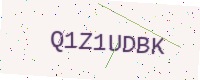
Text: Q1Z1UDBK